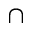
\cap